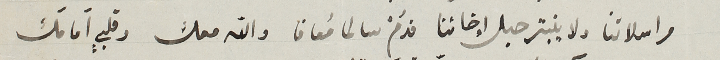
مراسلاتنا ولا ينبتر حبل إخائنا دوَمْ سالما مُعافا والله معك وقلبي أمامك